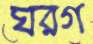
ঘরগ